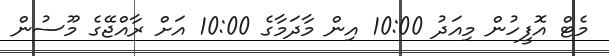
މެޓް އޮފީހުން މިއަދު 10:00 އިން މާދަމާގެ 10:00 އަށް ރާއްޖޭގެ މޫސުން